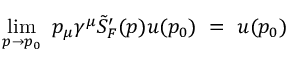
\operatorname * { l i m } _ { p \rightarrow p _ { 0 } } \ p _ { \mu } \gamma ^ { \mu } \tilde { S } _ { F } ^ { \prime } ( p ) u ( p _ { 0 } ) \ = \ u ( p _ { 0 } )